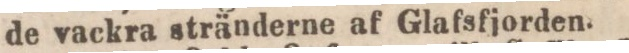
de vackra stränderne af Glafsfjorden.